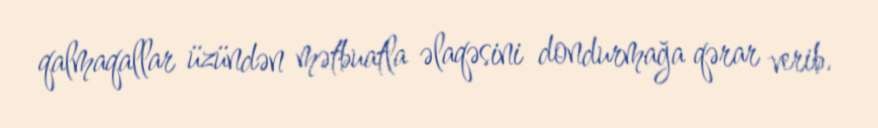
qalmaqallar üzündən mətbuatla əlaqəsini dondurmağa qərar verib.